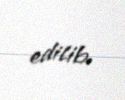
edilib.